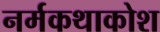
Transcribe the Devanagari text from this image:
नर्मकथाकोश